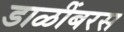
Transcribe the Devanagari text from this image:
डाळींबरस